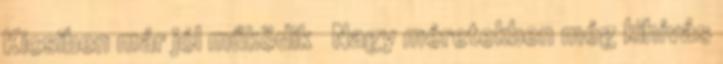
Kicsiben már jól működik ● Nagy méretekben még kihívás